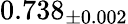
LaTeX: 0.738_{\pm 0.002}